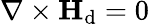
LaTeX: \nabla\times\mathbf{H}_{\mathrm{d}}=0